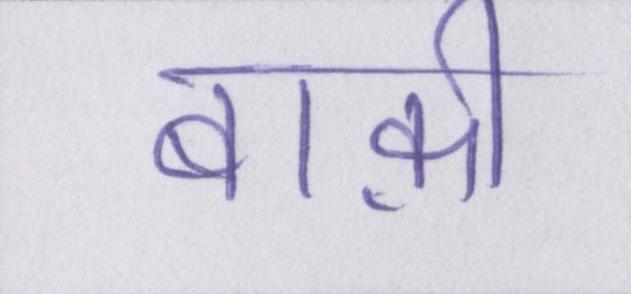
बाक़ी